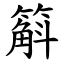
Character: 䈸